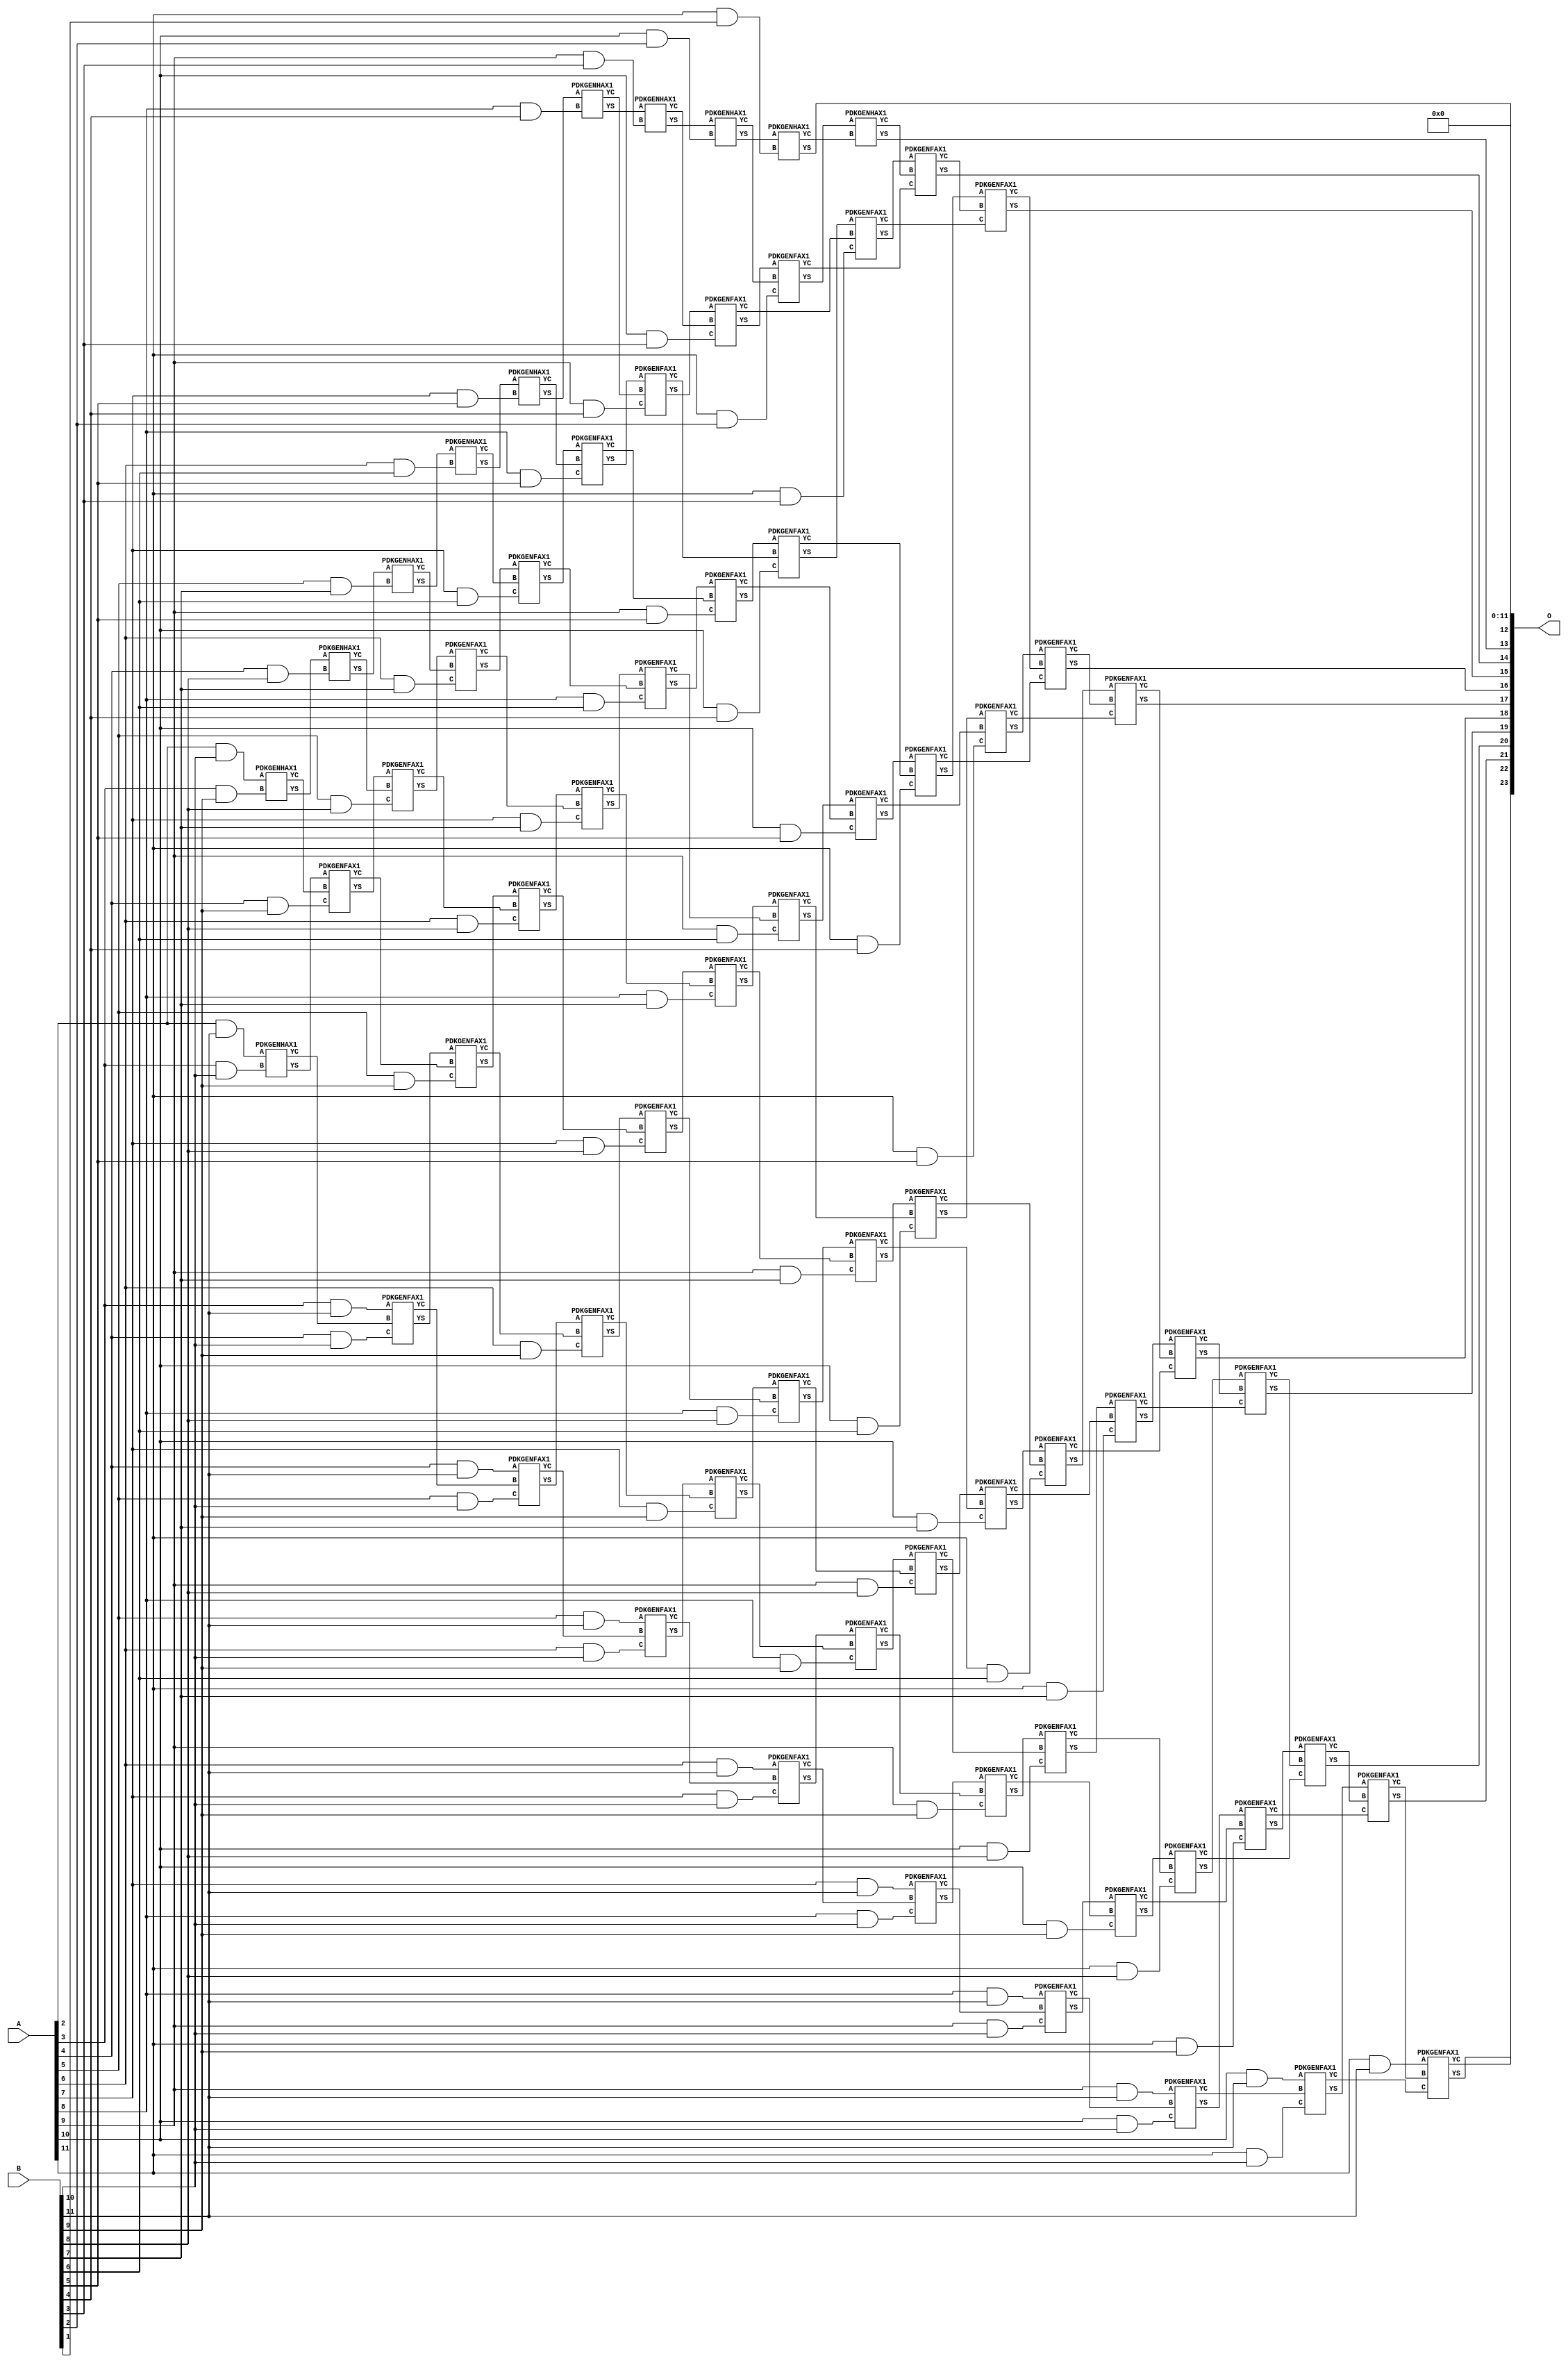
/***
* This code is a part of EvoApproxLib library (ehw.fit.vutbr.cz/approxlib) distributed under The MIT License.
* When used, please cite the following article(s): V. Mrazek, Z. Vasicek, L. Sekanina, H. Jiang and J. Han, "Scalable Construction of Approximate Multipliers With Formally Guaranteed Worst Case Error" in IEEE Transactions on Very Large Scale Integration (VLSI) Systems, vol. 26, no. 11, pp. 2572-2576, Nov. 2018. doi: 10.1109/TVLSI.2018.2856362 
* This file contains a circuit from a sub-set of pareto optimal circuits with respect to the pwr and mae parameters
***/
// MAE% = 0.073 %
// MAE = 12288 
// WCE% = 0.29 %
// WCE = 49153 
// WCRE% = 100.00 %
// EP% = 99.84 %
// MRE% = 1.67 %
// MSE = 18304.091e4 
// PDK45_PWR = 0.511 mW
// PDK45_AREA = 768.7 um2
// PDK45_DELAY = 2.23 ns


module mul12u_2DH ( A, B, O );
  input [11:0] A;
  input [11:0] B;
  output [23:0] O;

  wire C_10_10,C_10_2,C_10_3,C_10_4,C_10_5,C_10_6,C_10_7,C_10_8,C_10_9,C_11_1,C_11_10,C_11_2,C_11_3,C_11_4,C_11_5,C_11_6,C_11_7,C_11_8,C_11_9,C_12_1,C_12_10,C_12_2,C_12_3,C_12_4,C_12_5,C_12_6,C_12_7,C_12_8,C_12_9,C_3_10,C_3_9,C_4_10,C_4_8,C_4_9,C_5_10,C_5_7,C_5_8,C_5_9,C_6_10,C_6_6,C_6_7,C_6_8,C_6_9,C_7_10,C_7_5,C_7_6,C_7_7,C_7_8,C_7_9,C_8_10,C_8_4,C_8_5,C_8_6,C_8_7,C_8_8,C_8_9,C_9_10,C_9_3,C_9_4,C_9_5,C_9_6,C_9_7,C_9_8,C_9_9,S_10_10,S_10_11,S_10_2,S_10_3,S_10_4,S_10_5,S_10_6,S_10_7,S_10_8,S_10_9,S_11_1,S_11_10,S_11_11,S_11_2,S_11_3,S_11_4,S_11_5,S_11_6,S_11_7,S_11_8,S_11_9,S_12_0,S_12_1,S_12_10,S_12_11,S_12_2,S_12_3,S_12_4,S_12_5,S_12_6,S_12_7,S_12_8,S_12_9,S_2_10,S_2_11,S_3_10,S_3_11,S_3_9,S_4_10,S_4_11,S_4_8,S_4_9,S_5_10,S_5_11,S_5_7,S_5_8,S_5_9,S_6_10,S_6_11,S_6_6,S_6_7,S_6_8,S_6_9,S_7_10,S_7_11,S_7_5,S_7_6,S_7_7,S_7_8,S_7_9,S_8_10,S_8_11,S_8_4,S_8_5,S_8_6,S_8_7,S_8_8,S_8_9,S_9_10,S_9_11,S_9_3,S_9_4,S_9_5,S_9_6,S_9_7,S_9_8,S_9_9;

  assign S_2_10 = (A[2] & B[10]);
  assign S_2_11 = (A[2] & B[11]);
  PDKGENHAX1 U28678 (.A(S_2_10), .B((A[3] & B[9])), .YS(S_3_9), .YC(C_3_9));
  PDKGENHAX1 U28679 (.A(S_2_11), .B((A[3] & B[10])), .YS(S_3_10), .YC(C_3_10));
  assign S_3_11 = (A[3] & B[11]);
  PDKGENHAX1 U28689 (.A(S_3_9), .B((A[4] & B[8])), .YS(S_4_8), .YC(C_4_8));
  PDKGENFAX1 U28690 (.A(S_3_10), .B(C_3_9), .C((A[4] & B[9])), .YS(S_4_9), .YC(C_4_9));
  PDKGENFAX1 U28691 (.A(S_3_11), .B(C_3_10), .C((A[4] & B[10])), .YS(S_4_10), .YC(C_4_10));
  assign S_4_11 = (A[4] & B[11]);
  PDKGENHAX1 U28700 (.A(S_4_8), .B((A[5] & B[7])), .YS(S_5_7), .YC(C_5_7));
  PDKGENFAX1 U28701 (.A(S_4_9), .B(C_4_8), .C((A[5] & B[8])), .YS(S_5_8), .YC(C_5_8));
  PDKGENFAX1 U28702 (.A(S_4_10), .B(C_4_9), .C((A[5] & B[9])), .YS(S_5_9), .YC(C_5_9));
  PDKGENFAX1 U28703 (.A(S_4_11), .B(C_4_10), .C((A[5] & B[10])), .YS(S_5_10), .YC(C_5_10));
  assign S_5_11 = (A[5] & B[11]);
  PDKGENHAX1 U28711 (.A(S_5_7), .B((A[6] & B[6])), .YS(S_6_6), .YC(C_6_6));
  PDKGENFAX1 U28712 (.A(S_5_8), .B(C_5_7), .C((A[6] & B[7])), .YS(S_6_7), .YC(C_6_7));
  PDKGENFAX1 U28713 (.A(S_5_9), .B(C_5_8), .C((A[6] & B[8])), .YS(S_6_8), .YC(C_6_8));
  PDKGENFAX1 U28714 (.A(S_5_10), .B(C_5_9), .C((A[6] & B[9])), .YS(S_6_9), .YC(C_6_9));
  PDKGENFAX1 U28715 (.A(S_5_11), .B(C_5_10), .C((A[6] & B[10])), .YS(S_6_10), .YC(C_6_10));
  assign S_6_11 = (A[6] & B[11]);
  PDKGENHAX1 U28722 (.A(S_6_6), .B((A[7] & B[5])), .YS(S_7_5), .YC(C_7_5));
  PDKGENFAX1 U28723 (.A(S_6_7), .B(C_6_6), .C((A[7] & B[6])), .YS(S_7_6), .YC(C_7_6));
  PDKGENFAX1 U28724 (.A(S_6_8), .B(C_6_7), .C((A[7] & B[7])), .YS(S_7_7), .YC(C_7_7));
  PDKGENFAX1 U28725 (.A(S_6_9), .B(C_6_8), .C((A[7] & B[8])), .YS(S_7_8), .YC(C_7_8));
  PDKGENFAX1 U28726 (.A(S_6_10), .B(C_6_9), .C((A[7] & B[9])), .YS(S_7_9), .YC(C_7_9));
  PDKGENFAX1 U28727 (.A(S_6_11), .B(C_6_10), .C((A[7] & B[10])), .YS(S_7_10), .YC(C_7_10));
  assign S_7_11 = (A[7] & B[11]);
  PDKGENHAX1 U28733 (.A(S_7_5), .B((A[8] & B[4])), .YS(S_8_4), .YC(C_8_4));
  PDKGENFAX1 U28734 (.A(S_7_6), .B(C_7_5), .C((A[8] & B[5])), .YS(S_8_5), .YC(C_8_5));
  PDKGENFAX1 U28735 (.A(S_7_7), .B(C_7_6), .C((A[8] & B[6])), .YS(S_8_6), .YC(C_8_6));
  PDKGENFAX1 U28736 (.A(S_7_8), .B(C_7_7), .C((A[8] & B[7])), .YS(S_8_7), .YC(C_8_7));
  PDKGENFAX1 U28737 (.A(S_7_9), .B(C_7_8), .C((A[8] & B[8])), .YS(S_8_8), .YC(C_8_8));
  PDKGENFAX1 U28738 (.A(S_7_10), .B(C_7_9), .C((A[8] & B[9])), .YS(S_8_9), .YC(C_8_9));
  PDKGENFAX1 U28739 (.A(S_7_11), .B(C_7_10), .C((A[8] & B[10])), .YS(S_8_10), .YC(C_8_10));
  assign S_8_11 = (A[8] & B[11]);
  PDKGENHAX1 U28744 (.A(S_8_4), .B((A[9] & B[3])), .YS(S_9_3), .YC(C_9_3));
  PDKGENFAX1 U28745 (.A(S_8_5), .B(C_8_4), .C((A[9] & B[4])), .YS(S_9_4), .YC(C_9_4));
  PDKGENFAX1 U28746 (.A(S_8_6), .B(C_8_5), .C((A[9] & B[5])), .YS(S_9_5), .YC(C_9_5));
  PDKGENFAX1 U28747 (.A(S_8_7), .B(C_8_6), .C((A[9] & B[6])), .YS(S_9_6), .YC(C_9_6));
  PDKGENFAX1 U28748 (.A(S_8_8), .B(C_8_7), .C((A[9] & B[7])), .YS(S_9_7), .YC(C_9_7));
  PDKGENFAX1 U28749 (.A(S_8_9), .B(C_8_8), .C((A[9] & B[8])), .YS(S_9_8), .YC(C_9_8));
  PDKGENFAX1 U28750 (.A(S_8_10), .B(C_8_9), .C((A[9] & B[9])), .YS(S_9_9), .YC(C_9_9));
  PDKGENFAX1 U28751 (.A(S_8_11), .B(C_8_10), .C((A[9] & B[10])), .YS(S_9_10), .YC(C_9_10));
  assign S_9_11 = (A[9] & B[11]);
  PDKGENHAX1 U28755 (.A(S_9_3), .B((A[10] & B[2])), .YS(S_10_2), .YC(C_10_2));
  PDKGENFAX1 U28756 (.A(S_9_4), .B(C_9_3), .C((A[10] & B[3])), .YS(S_10_3), .YC(C_10_3));
  PDKGENFAX1 U28757 (.A(S_9_5), .B(C_9_4), .C((A[10] & B[4])), .YS(S_10_4), .YC(C_10_4));
  PDKGENFAX1 U28758 (.A(S_9_6), .B(C_9_5), .C((A[10] & B[5])), .YS(S_10_5), .YC(C_10_5));
  PDKGENFAX1 U28759 (.A(S_9_7), .B(C_9_6), .C((A[10] & B[6])), .YS(S_10_6), .YC(C_10_6));
  PDKGENFAX1 U28760 (.A(S_9_8), .B(C_9_7), .C((A[10] & B[7])), .YS(S_10_7), .YC(C_10_7));
  PDKGENFAX1 U28761 (.A(S_9_9), .B(C_9_8), .C((A[10] & B[8])), .YS(S_10_8), .YC(C_10_8));
  PDKGENFAX1 U28762 (.A(S_9_10), .B(C_9_9), .C((A[10] & B[9])), .YS(S_10_9), .YC(C_10_9));
  PDKGENFAX1 U28763 (.A(S_9_11), .B(C_9_10), .C((A[10] & B[10])), .YS(S_10_10), .YC(C_10_10));
  assign S_10_11 = (A[10] & B[11]);
  PDKGENHAX1 U28766 (.A(S_10_2), .B((A[11] & B[1])), .YS(S_11_1), .YC(C_11_1));
  PDKGENFAX1 U28767 (.A(S_10_3), .B(C_10_2), .C((A[11] & B[2])), .YS(S_11_2), .YC(C_11_2));
  PDKGENFAX1 U28768 (.A(S_10_4), .B(C_10_3), .C((A[11] & B[3])), .YS(S_11_3), .YC(C_11_3));
  PDKGENFAX1 U28769 (.A(S_10_5), .B(C_10_4), .C((A[11] & B[4])), .YS(S_11_4), .YC(C_11_4));
  PDKGENFAX1 U28770 (.A(S_10_6), .B(C_10_5), .C((A[11] & B[5])), .YS(S_11_5), .YC(C_11_5));
  PDKGENFAX1 U28771 (.A(S_10_7), .B(C_10_6), .C((A[11] & B[6])), .YS(S_11_6), .YC(C_11_6));
  PDKGENFAX1 U28772 (.A(S_10_8), .B(C_10_7), .C((A[11] & B[7])), .YS(S_11_7), .YC(C_11_7));
  PDKGENFAX1 U28773 (.A(S_10_9), .B(C_10_8), .C((A[11] & B[8])), .YS(S_11_8), .YC(C_11_8));
  PDKGENFAX1 U28774 (.A(S_10_10), .B(C_10_9), .C((A[11] & B[9])), .YS(S_11_9), .YC(C_11_9));
  PDKGENFAX1 U28775 (.A(S_10_11), .B(C_10_10), .C((A[11] & B[10])), .YS(S_11_10), .YC(C_11_10));
  assign S_11_11 = (A[11] & B[11]);
  assign S_12_0 = S_11_1;
  PDKGENHAX1 U28778 (.A(S_11_2), .B(C_11_1), .YS(S_12_1), .YC(C_12_1));
  PDKGENFAX1 U28779 (.A(S_11_3), .B(C_12_1), .C(C_11_2), .YS(S_12_2), .YC(C_12_2));
  PDKGENFAX1 U28780 (.A(S_11_4), .B(C_12_2), .C(C_11_3), .YS(S_12_3), .YC(C_12_3));
  PDKGENFAX1 U28781 (.A(S_11_5), .B(C_12_3), .C(C_11_4), .YS(S_12_4), .YC(C_12_4));
  PDKGENFAX1 U28782 (.A(S_11_6), .B(C_12_4), .C(C_11_5), .YS(S_12_5), .YC(C_12_5));
  PDKGENFAX1 U28783 (.A(S_11_7), .B(C_12_5), .C(C_11_6), .YS(S_12_6), .YC(C_12_6));
  PDKGENFAX1 U28784 (.A(S_11_8), .B(C_12_6), .C(C_11_7), .YS(S_12_7), .YC(C_12_7));
  PDKGENFAX1 U28785 (.A(S_11_9), .B(C_12_7), .C(C_11_8), .YS(S_12_8), .YC(C_12_8));
  PDKGENFAX1 U28786 (.A(S_11_10), .B(C_12_8), .C(C_11_9), .YS(S_12_9), .YC(C_12_9));
  PDKGENFAX1 U28787 (.A(S_11_11), .B(C_12_9), .C(C_11_10), .YS(S_12_10), .YC(C_12_10));
  assign S_12_11 = C_12_10;
  assign O = {S_12_11,S_12_10,S_12_9,S_12_8,S_12_7,S_12_6,S_12_5,S_12_4,S_12_3,S_12_2,S_12_1,S_12_0,1'b0,1'b0,1'b0,1'b0,1'b0,1'b0,1'b0,1'b0,1'b0,1'b0,1'b0,1'b0};

endmodule

/* mod */
module PDKGENHAX1( input A, input B, output YS, output YC );
    assign YS = A ^ B;
    assign YC = A & B;
endmodule
/* mod */
module PDKGENFAX1( input A, input B, input C, output YS, output YC );
    assign YS = (A ^ B) ^ C;
    assign YC = (A & B) | (B & C) | (A & C);
endmodule